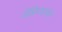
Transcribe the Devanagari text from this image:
जेफ्रिआर्चर